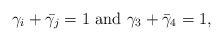
\begin{align*}\gamma_i + \bar{\gamma_j} = 1 \,\, {\rm and }\,\, \gamma_3 + \bar{\gamma}_4=1,\end{align*}